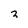
Character: 3